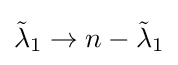
{\tilde {\lambda }}_{1}\to n-{\tilde {\lambda }}_{1}